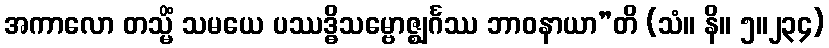
အကာလော တသ္မိံ သမယေ ပဿဒ္ဓိသမ္ဗောဇ္ဈင်္ဂဿ ဘာဝနာယာ”တိ (သံ။ နိ။ ၅။၂၃၄)